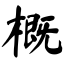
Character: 概